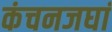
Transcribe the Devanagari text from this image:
कंचनजघां